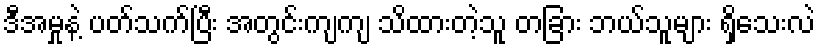
ဒီအမှုနဲ့ ပတ်သက်ပြီး အတွင်းကျကျ သိထားတဲ့သူ တခြား ဘယ်သူများ ရှိသေးလဲ